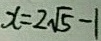
x = 2 \sqrt { 5 } - 1